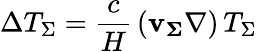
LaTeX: \Delta T_{\Sigma}=\frac{c}{H}\, (\mathbf{v_{\Sigma}}\nabla)\, T_{\Sigma}